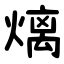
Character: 㷰